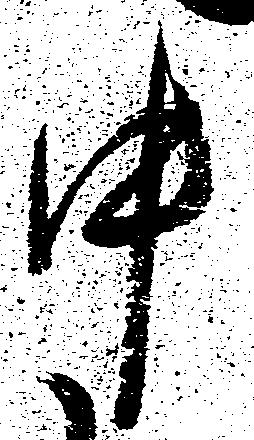
中